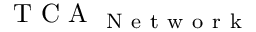
\mathrm { ~ T ~ C ~ A ~ } _ { \mathrm { ~ N ~ e ~ t ~ w ~ o ~ r ~ k ~ } }